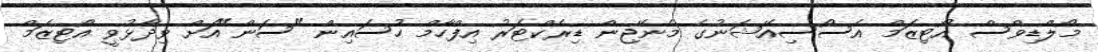
މޯލްޑިވްސް އޯޓިޒަމް އެސޯސިއޭޝަނުގެ މެނޭޖިން ޑިރެކްޓަރު އިފްހާމް ހުސައިން "ސަން"އަށް ވިދާޅުވީ އޯޓިޒަމް